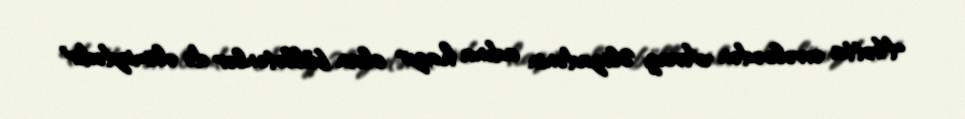
Hətta əvvəlcədən Araz Əlizadənin adına hazır olan bülletenlər də əlimizdədir"